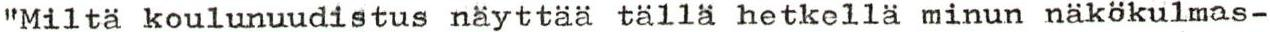
"Miltä koulunuudistus näyttää tällä hetkellä minun näkökulmas-